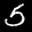
Label: 5